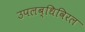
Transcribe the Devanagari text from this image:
उपलब्धिविरल